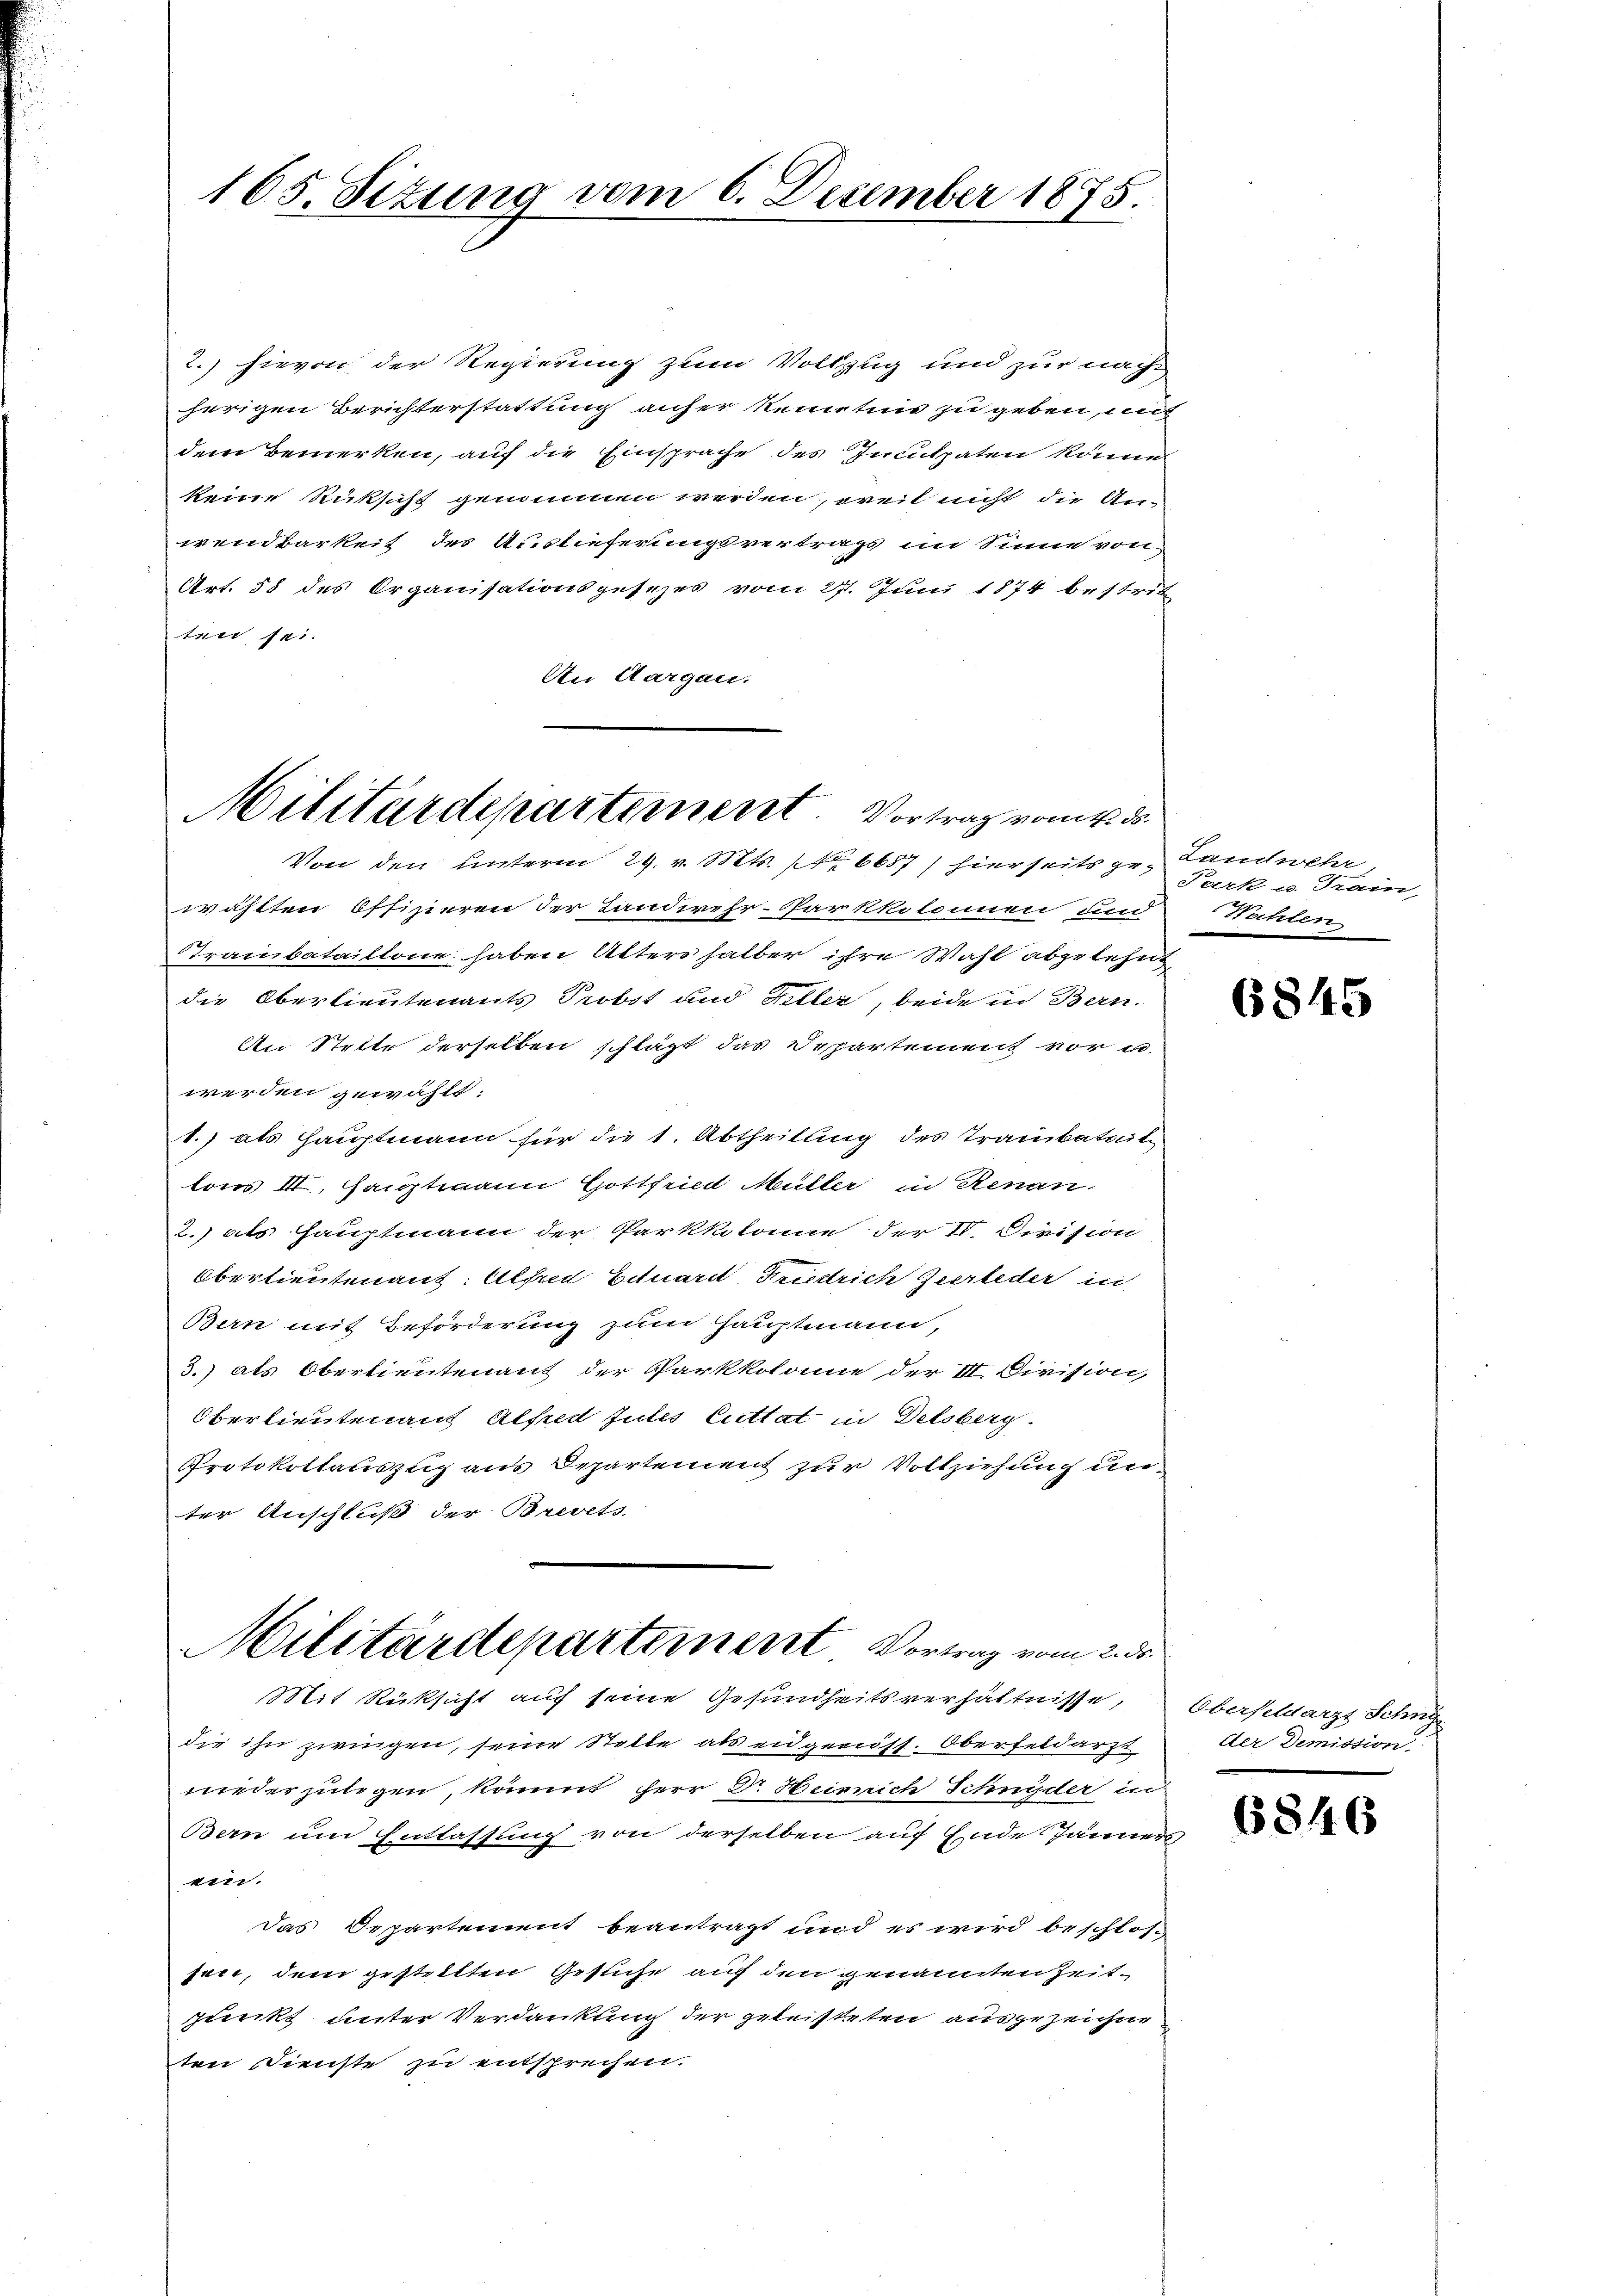
165. Sizung vom 6. Dezember 1875.

2.) hievon der Regierung zum Vollzug und zur nach
herigen Berichterstattung anher kennten zu geben, mit
dem Bemerken, auf die Einsprache des Inculpaten könne
keine Rüksicht genommen werden, weil nicht die An-
wendbarkeit des Auslieferungsvertrags im Sinne von
Art. 58 des Organisationsgesezes vom 27. Juni 1874 bestrit
ten sei.
An Aargau.

Militärdepartement. Vortrag vom 4. ds.

Von den unterm 29. v. Mts.  6687) hierseits ge- Landwehr
wählten Offizieren der Landwehr-Parkkolonnen und Wahlen,
Tranbataillone haben Alters halber ihre Wahl abgelehnt,
die Oberlieutenants Probst und Hiller, beide in Bern.
An Stelle derselben schlägt das Departement vor u
werden gewählt.
1.) als Hauptmann für die 1. Abtheilung des Traubataile
tons III. Hauptmann Gottfried Müller in Renan
2.) als Hauptmann der Parkkolonne der IV. Division
Oberlieutenauf. Alfred Eduard Friedrich Zeerleder in
Bern mit Beförderung zum Hauptmann,
3.) als Oberlieutenauf der Parkkolonie der III. Division,
Oberlieutenauf Alfred Julis Cuttat in Delsberg.
Protokollauszug aus Departement zur Vollziehung unter Anschluß der Brevets

Militärdepartement Vortrag vom 2. ds.
Mit Rücksicht auf seine Gesundheitsverhältnisse, Oberfeldarzt Schn

die ihn zwingen, seine Stelle als eidgenuss. Oberfeldarzt
niederzulegen, kommt herr Dr. Heinrich Schnyder in
Bern um Entlassung von derselben auf Ende Jänners
ein.
Das Departement beantragt und es wird beschlos
sent, dem gestellten Gesuche auf den genannten Zeitjunkt unter Verdankung der geleisteten ausgezeichne
ten Dienste zu entsprechen.

Park u. Train,

6845

der Demission,

6846